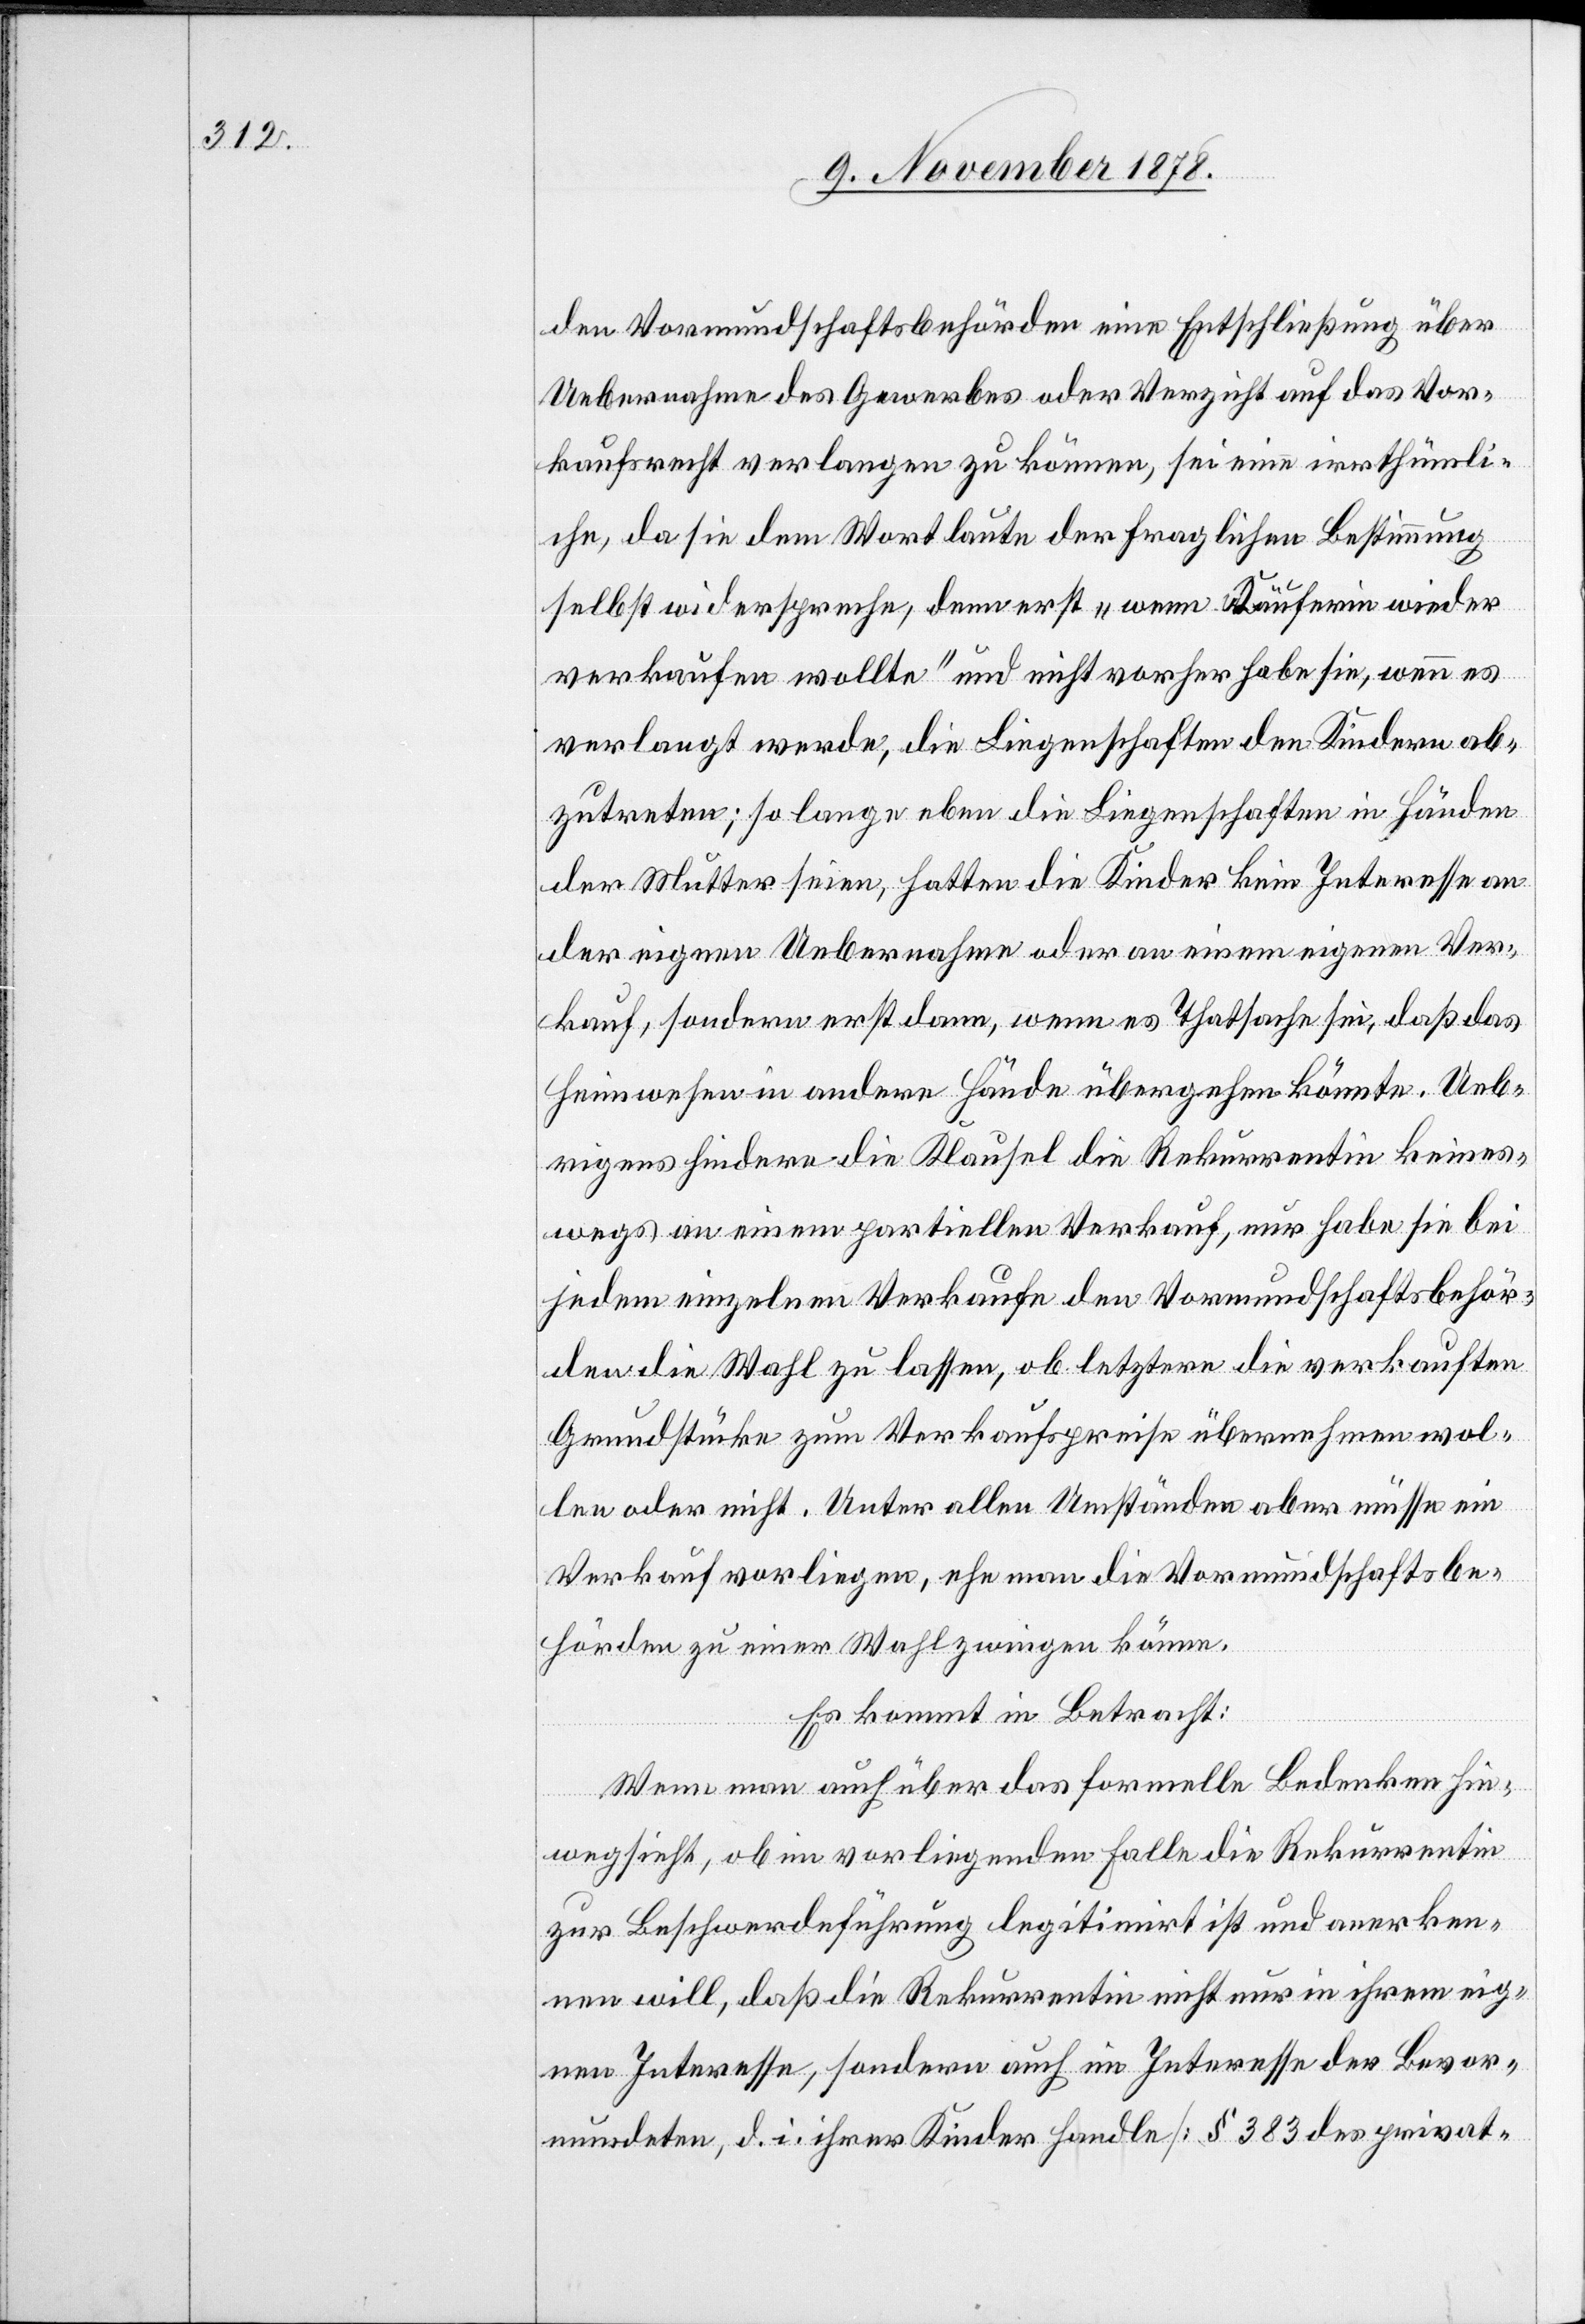
den Vormundschaftsbehörden eine Entschließung über
Uebernahme des Gewerbes oder Verzicht auf das Vor¬
kaufsrecht verlangen zu können, sei eine irrthümli¬
che, da sie dem Wortlaute der fraglichen Bestimmung
selbst widerspreche, denn erst „wenn Käuferin wieder
verkaufen wollte“ und nicht vorher habe sie, wenn es
verlangt werde, die Liegenschaften den Kindern ab¬
zutreten; so lange eben die Liegenschaften in Händen
der Mutter seien, hatten die Kinder kein Interesse an
der eigenen Uebernahme oder an einem eigenen Ver¬
kauf, sondern erst dann, wenn es Thatsache sei, daß das
Heimwesen in andere Hände übergehen könnte. Ueb¬
rigens hindere die Klausel die Rekurrentnin keines¬
wegs an einem partiellen Verkauf, nur habe sie bei
jedem einzelnen Verkaufe den Vormundschaftsbehör¬
den die Wahl zu lassen, ob letztere die verkauften
Grundstücke zum Verkaufspreise übernehmen wol¬
len oder nicht. Unter allen Umständen aber müsse ein
Verkauf vorliegen, ehe man die Vormundschaftsbe¬
hörden zu einer Wahl zwingen könne.
Es kommt in Betracht:
Wenn man auch über das formelle Bedenken hin¬
wegsieht, ob im vorliegenden Falle die Rekurrentin
zur Beschwerdeführung legitimirt ist und anerken¬
nen will, daß die Rekurrentin nicht nur in ihrem eige¬
nen Interesse, sondern auch im Interesse der Bevor¬
mundeten, d. i. ihrer Kinder handle [§ 383 des privat-